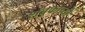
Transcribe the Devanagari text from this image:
शंबूकाच्या